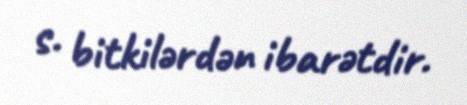
s. bitkilərdən ibarətdir.